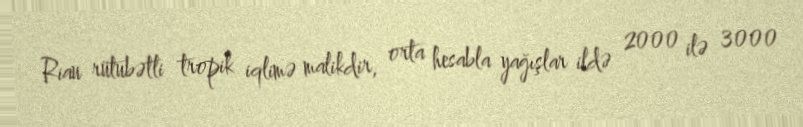
Riau rütubətli tropik iqlimə malikdir, orta hesabla yağışlar ildə 2000 ilə 3000